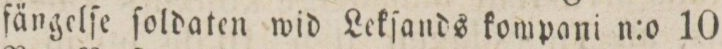
fängelſe ſoldaten wid Lekſands kompani n:o 10